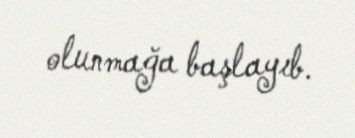
olunmağa başlayıb.